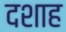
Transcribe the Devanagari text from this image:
दशाह